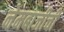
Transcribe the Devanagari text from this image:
नेमबाजीची